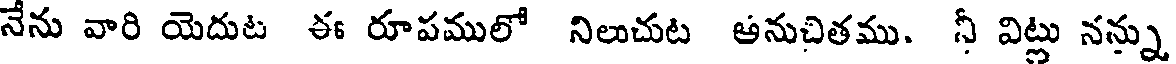
నేను వారి యెదుట ఈ రూపములో నిలుచుట ఆనుచితము. నీ విట్లు నన్ను